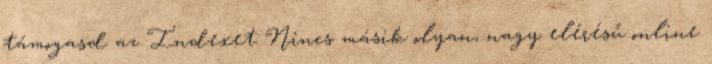
támogasd az Indexet Nincs másik olyan, nagy elérésű online